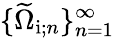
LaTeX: \{ \widetilde{\Omega}_{\mathrm{i};n}\} _{n=1}^{\infty}